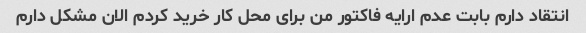
انتقاد دارم بابت عدم ارایه فاکتور من برای محل کار خرید کردم الان مشکل دارم